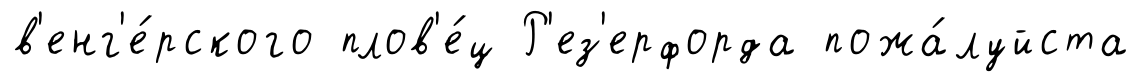
в'енг'е́рского плов'е́ц Р'ез'ерфорда пожа́луйста